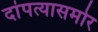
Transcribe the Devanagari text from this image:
दांपत्यासमोर